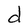
Character: d